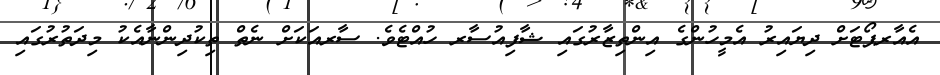
އެއާރޕޯޓަށް ދިޔައިރު އެމީހުންގެ އިންތިޒާރުގައި ޝާފިއުސާރ ހުއްޓެވެ. ސާރއަކަށް ނެތް ތިކުދިންނާއެކު މިދަތުރުގައި